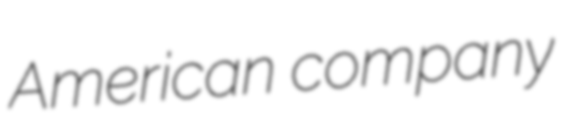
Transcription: American company